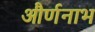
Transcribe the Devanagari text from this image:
और्णनाभ